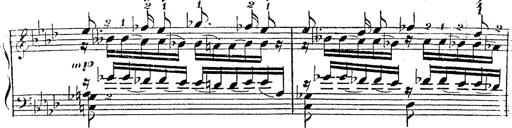
Title: 12 Lieder von Franz Schubert
Composer: Franz Liszt